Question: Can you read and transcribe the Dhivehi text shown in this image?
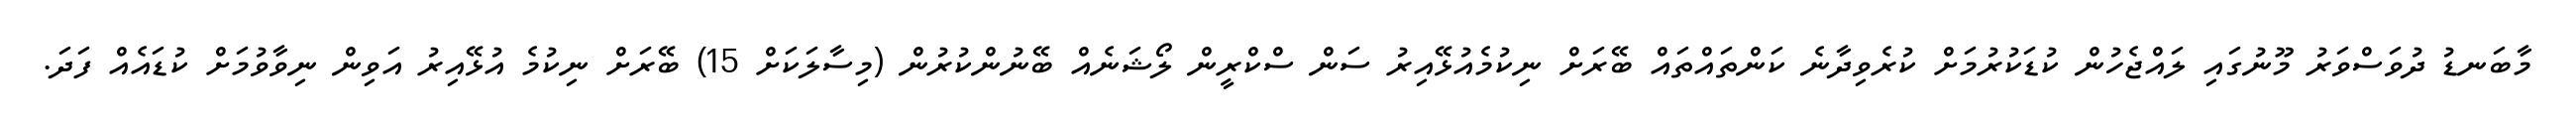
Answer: މާބަނޑު ދުވަސްވަރު މޫނުގައި ލައްޖެހުން ކުޑަކުރުމަށް ކުރެވިދާނެ ކަންތައްތައް ބޭރަށް ނިކުމެއުޅޭއިރު ސަން ސްކްރީން ލޯޝަނެއް ބޭނުންކުރުން (މިސާލަކަށް 15) ބޭރަށް ނިކުމެ އުޅޭއިރު އަވިން ނިވާވުމަށް ކުޑައެއް ފަދަ.